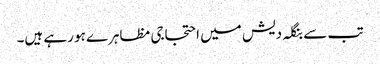
تب سے بنگلہ دیش میں احتجاجی مظاہرے ہو رہے ہیں۔